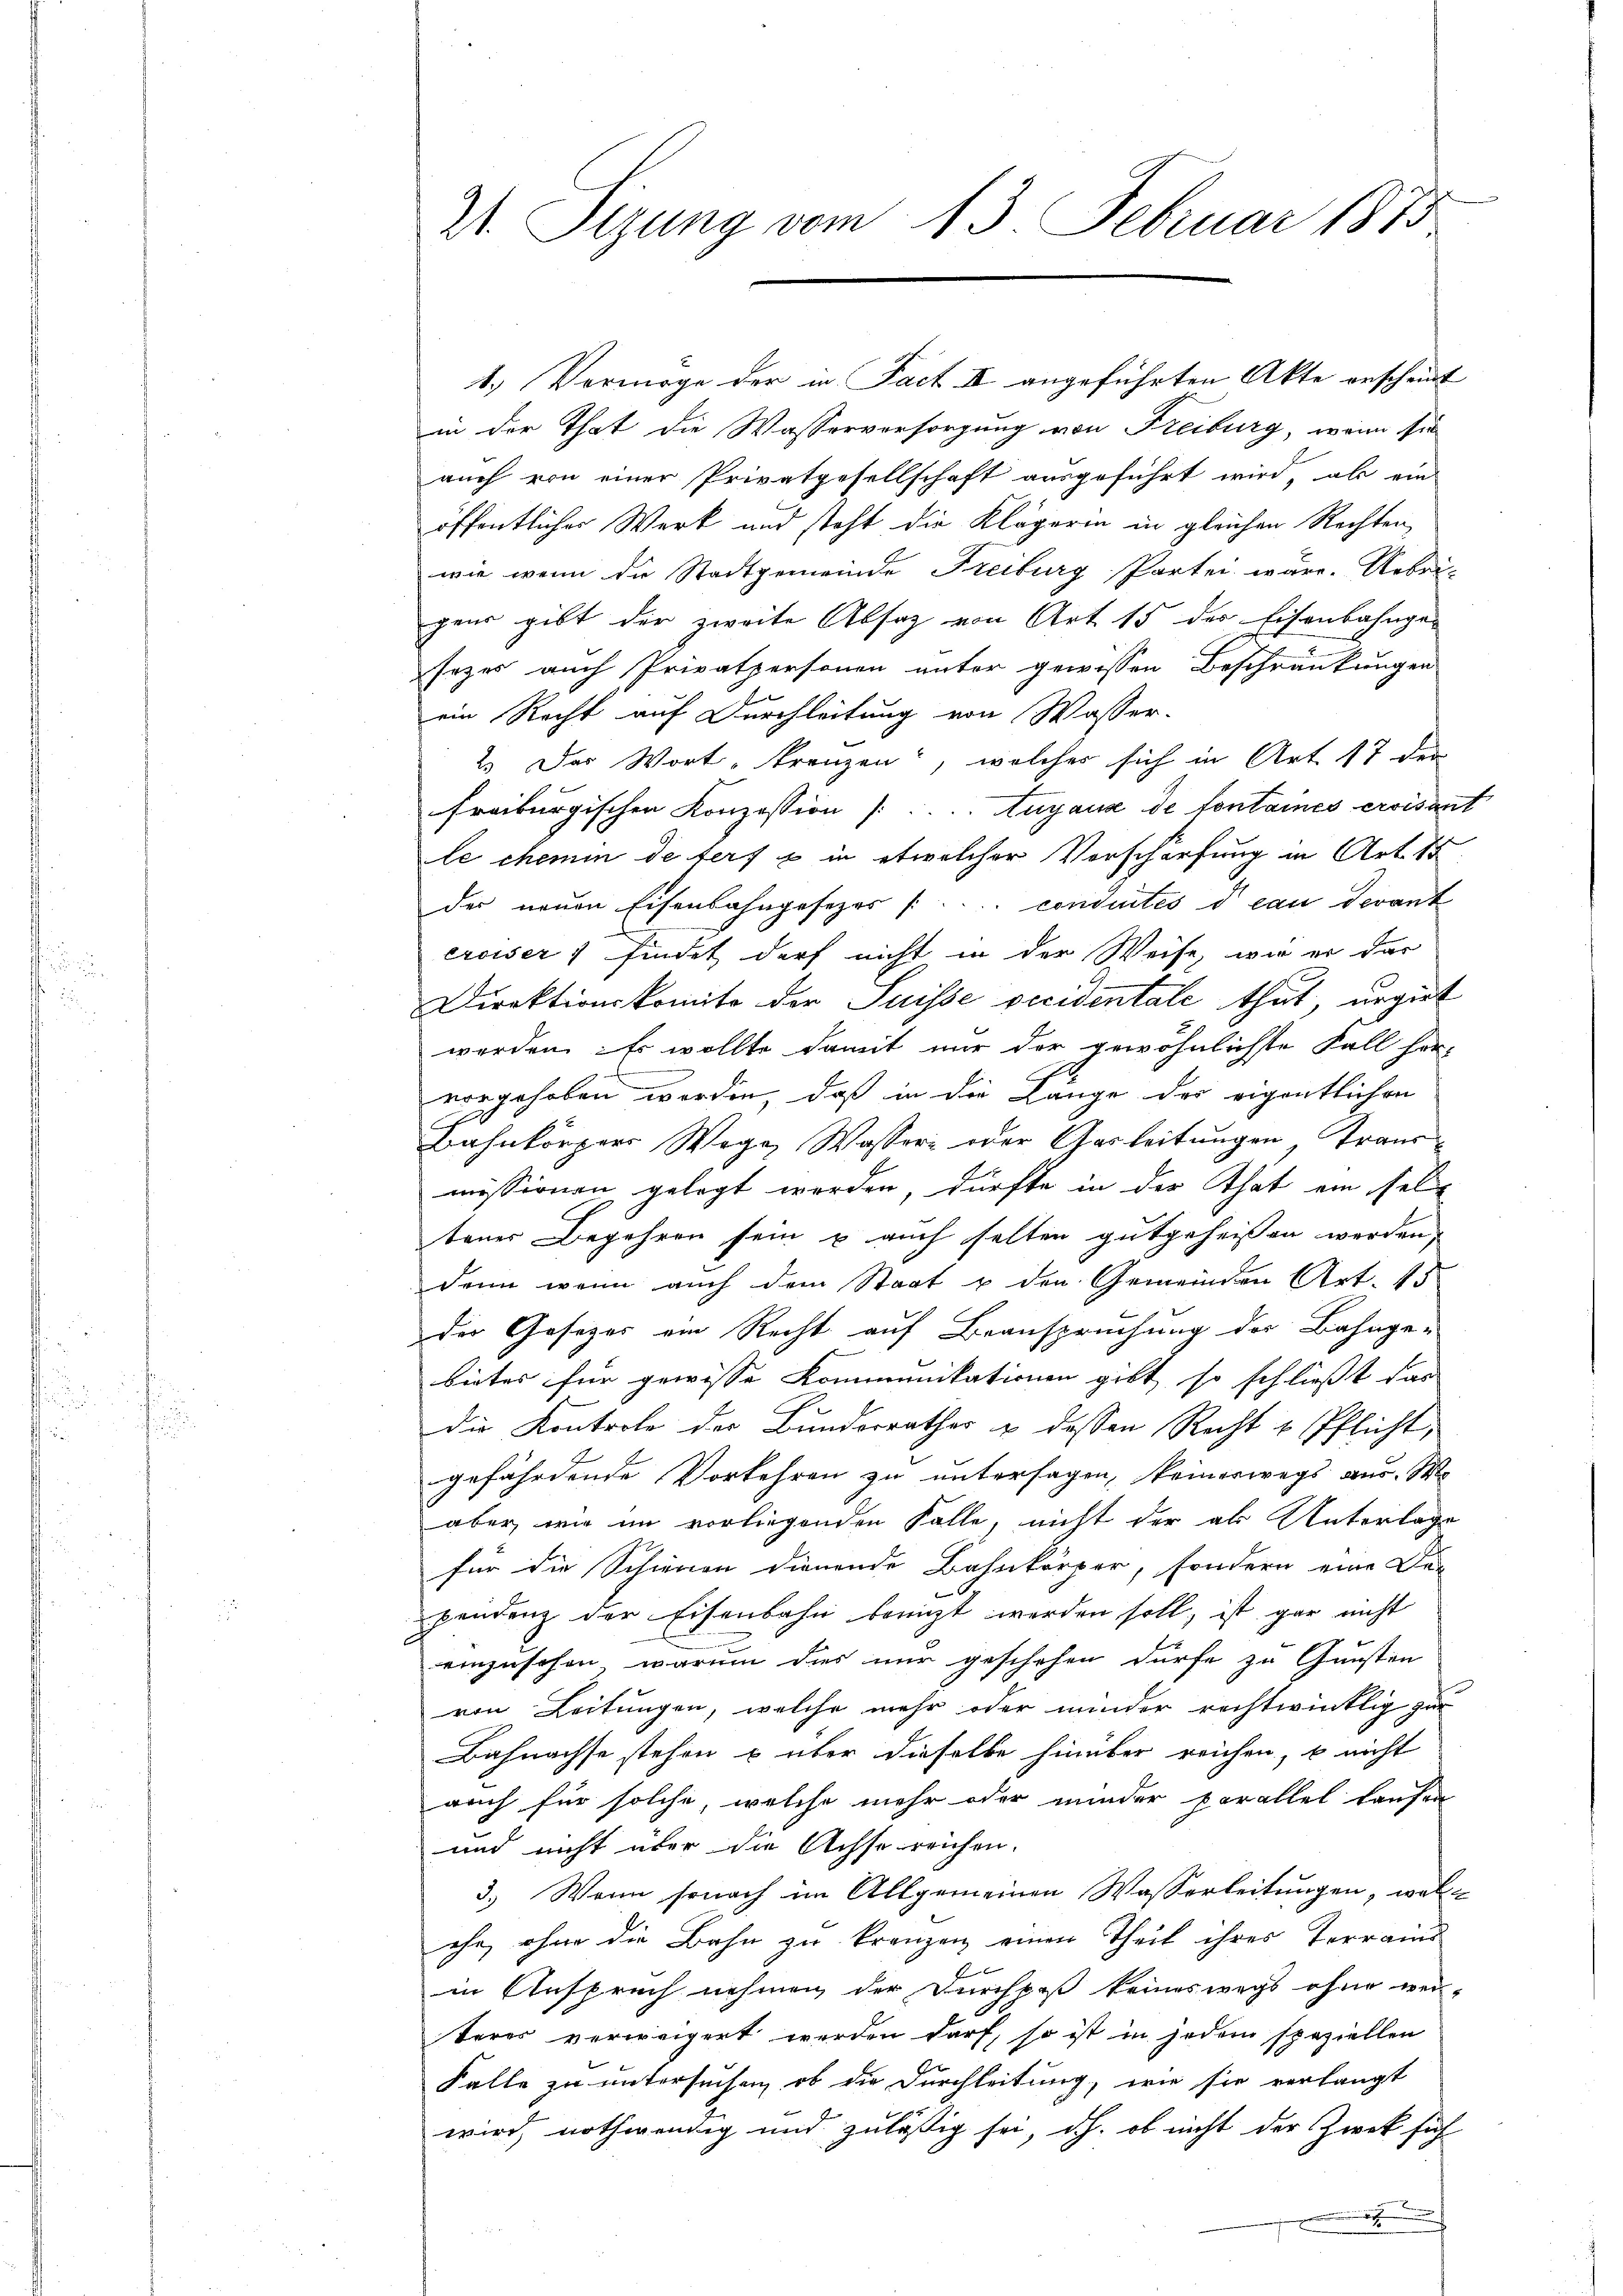
2 Sizung vom 13. Februar 1875

1.) Vermöge der in Fact. II angeführten Akte erscheint
in der That die Wasserversorgung von Freiburg, wenn sie
auch von einer Privatgesellschaft ausgeführt wird, als ein
öffentlicher Werk und steht die Klägerin in gleichen Rechten,
wie wenn die Stadtgemeinde Freiburg Partei wäre. Uebri-
gens gibt der zweite Absatz von Art. 15 der Eisenbahnge-
sezes auch Privatpersonen unter gewissen Beschränkungen
i
ein Recht auf Durchleitung von Wasser-
2.) Das Wort, trenzen, welches sich in Art 17 der
freiburgischen Konzession (: .... Augaus de Containes errisan
le chemin de terf  in etwelcher Vorschärfung in Art. 15
der neuen Eisenbahngesezes [.... condirtes d. can Devant
ereiser) findet darf nicht in der Weise, wie er das
Direktionskomite der Suisse vecidentale thut, ungirt
werden. Es wollte damit nur der gewöhnlichste Fall her-
vorgehoben worden, daß in die Länge der eigentlichen
Bahnkörpers Wege Wasser oder Gasleitungen Traus
missionen gelegt werden, dürfte in der That ein seltener Begehren sein u auch selten gutgeheißen werden,
denn wenn auch dem Staat u den Gemeinden Art. 15
der Gesetzes ein Recht auf Beanspruchung der Bahnge-
bieter für gewisse Kommunikationen gibt so schließt das
die Kontrole der Bunderrathes u dessen Recht & Pflicht,
gefährdende Vorkehren zu untersagen, keineswegs aus. We
aber wie im vorliegenden Falle, nicht der als Unterlage
für die Schienen dienende Bahnkörper, sondern eine Der
pendenz der Eisenbahn benicht werden soll, ist gar nicht
einzusehen, warum dies nur geschehen dürfe zu Gunsten
von Leitungen, welche mehr oder minder rechtwinklig zur
Bahnachse stehen u über dieselbe hinüber reichen, b nicht
auch für solche, welche mehr oder minder parallel laufen
und nicht über die Achse reichen.
3.) Wenn sonach im Allgemeinen Wasserleitungen, welc
che, ohne die Bahn zu kranzen einen Theil ihres Terrains
in Anspruch nehmen der Durchpaß keineswegs ohne wei-
terer verweigert werden darf, so ist in jedem speziellen
Falle zu untersuchen, ob die Durchleitung, wie sie verlangt
wird, nothwendig und zulässig sei, dh. ob nicht der Zweck sich
m
.